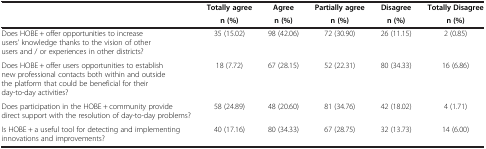
<table><thead><tr><td><b> </b></td><td><b>Totally agreen (%)</b></td><td><b>Agreen (%)</b></td><td><b>Partially agreen (%)</b></td><td><b>Disagreen (%)</b></td><td><b>Totally Disagreen (%)</b></td></tr></thead><tbody><tr><td>Does HOBE + offer opportunities to increase users’knowledge thanks to the vision of other users and / or experiences inother districts?</td><td>35 (15.02)</td><td>98 (42.06)</td><td>72 (30.90)</td><td>26 (11.15)</td><td>2 (0.85)</td></tr><tr><td>Does HOBE + offer users opportunities to establish newprofessional contacts both within and outside the platform that couldbe beneficial for their day-to-day activities?</td><td>18 (7.72)</td><td>67 (28.15)</td><td>52 (22.31)</td><td>80 (34.33)</td><td>16 (6.86)</td></tr><tr><td>Does participation in the HOBE + community provide directsupport with the resolution of day-to-day problems?</td><td>58 (24.89)</td><td>48 (20.60)</td><td>81 (34.76)</td><td>42 (18.02)</td><td>4 (1.71)</td></tr><tr><td>Is HOBE + a useful tool for detecting and implementinginnovations and improvements?</td><td>40 (17.16)</td><td>80 (34.33)</td><td>67 (28.75)</td><td>32 (13.73)</td><td>14 (6.00)</td></tr></tbody></table>